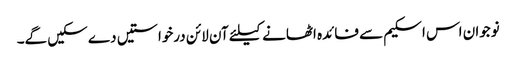
نوجوان اس اسکیم سے فائدہ اٹھانے کیلئے آن لائن درخواستیں دے سکیں گے۔